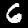
Digit: 6